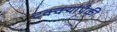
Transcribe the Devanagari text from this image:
टक्क्यांपैकी